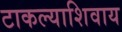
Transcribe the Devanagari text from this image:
टाकल्याशिवाय